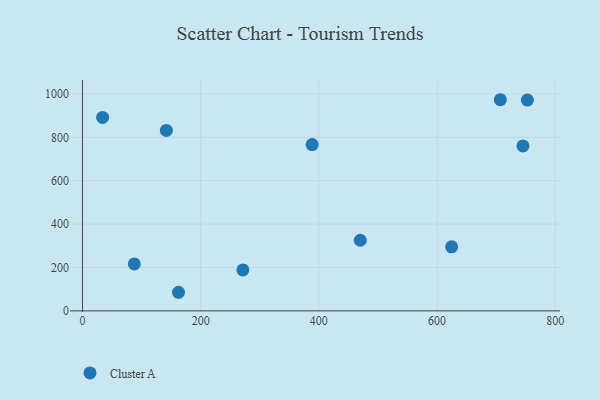
{"axis": {"x": "Experience", "y": "Rating"}, "legend": ["Cluster A"], "data": [{"x": "271.4", "y": 188.9, "type": "Cluster A"}, {"x": "624.7", "y": 295.0, "type": "Cluster A"}, {"x": "707.1", "y": 973.2, "type": "Cluster A"}, {"x": "34.1", "y": 891.4, "type": "Cluster A"}, {"x": "388.7", "y": 766.4, "type": "Cluster A"}, {"x": "141.9", "y": 831.6, "type": "Cluster A"}, {"x": "162.5", "y": 85.7, "type": "Cluster A"}, {"x": "745.4", "y": 760.3, "type": "Cluster A"}, {"x": "752.9", "y": 971.7, "type": "Cluster A"}, {"x": "87.7", "y": 216.5, "type": "Cluster A"}, {"x": "470.1", "y": 325.4, "type": "Cluster A"}]}